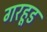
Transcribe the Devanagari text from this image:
गरहूड